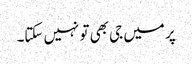
پر میں جی بھی تو نہیں سکتا۔